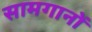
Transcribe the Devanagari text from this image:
सामगानों